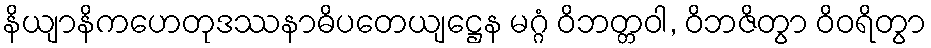
နိယျာနိကဟေတုဒဿနာဓိပတေယျဋ္ဌေန မဂ္ဂံ ဝိဘတ္တဝါ, ဝိဘဇိတွာ ဝိဝရိတွာ